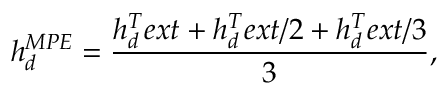
h _ { d } ^ { M P E } = \frac { h _ { d } ^ { T } e x t + h _ { d } ^ { T } e x t / 2 + h _ { d } ^ { T } e x t / 3 } { 3 } ,